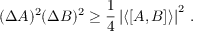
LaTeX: ( \Delta A ) ^ { 2 } ( \Delta B ) ^ { 2 } \ge \frac { 1 } { 4 } \left| \langle [ A , B ] \rangle \right| ^ { 2 } \, .